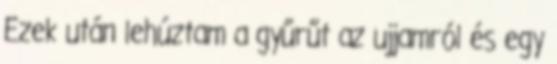
Ezek után lehúztam a gyűrűt az ujjamról és egy